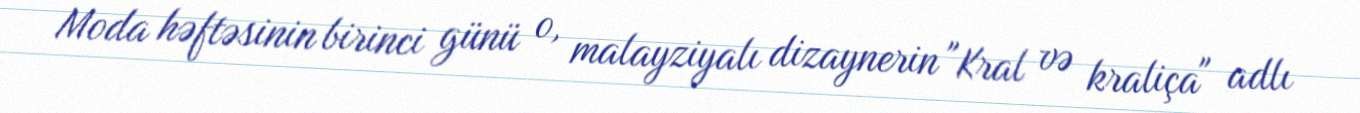
Moda həftəsinin birinci günü o, malayziyalı dizaynerin "Kral və kraliça" adlı